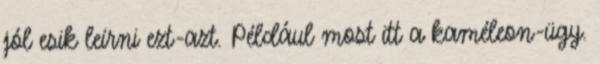
jól esik leírni ezt-azt. Például most itt a kaméleon-ügy.